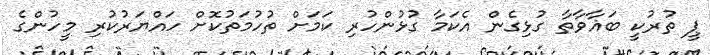
ޕީ ތުރުކީ ބަޣާވާތާ ގުޅިގެން އެކަމާ ގުޅުންހުރި ކަމަށް ތުހުމަތުކޮށް ހައްޔަރުކުރި މީހުންގެ